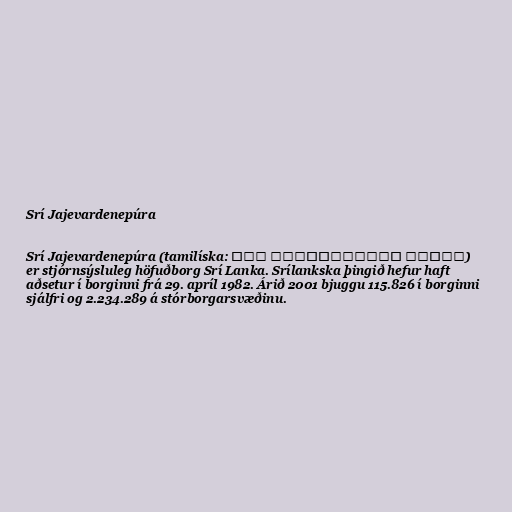
Srí Jajevardenepúra

Srí Jajevardenepúra (tamilíska: ஸ்ரீ ஜயவர்த்தனபுரம் கோட்டே)
er stjórnsýsluleg höfuðborg Srí Lanka. Srílankska þingið hefur haft
aðsetur í borginni frá 29. apríl 1982. Árið 2001 bjuggu 115.826 í borginni
sjálfri og 2.234.289 á stórborgarsvæðinu.